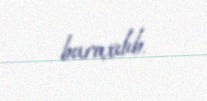
buraxılıb.